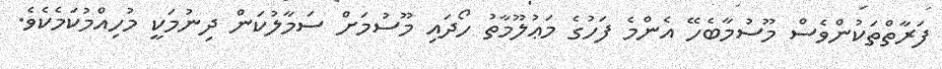
ފަރާތްތަކުންވެސް މޫސުމާބެހޭ އެންމެ ފަހުގެ މަޢުލޫމާތު ހޯދައި މޫސުމަށް ސަމާލުކަން ދިނުމަކީ މުހިއްމުކަމެކެވެ.